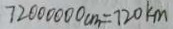
7 2 0 0 0 0 0 0 c m = 7 2 0 k m